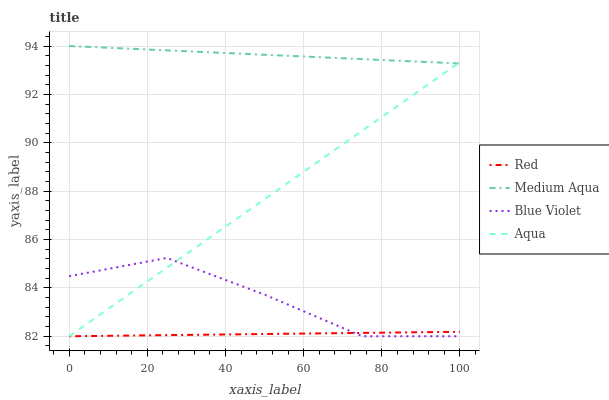
| xaxis_label | Red | Medium Aqua | Blue Violet | Aqua |
 | --- | --- | --- | --- | --- |
 | 0 | 82 | 94 | 84.5 | 82 |
 | 25 | 82 | 93.8 | 85.2 | 84.8 |
 | 50 | 82.1 | 93.6 | 83.7 | 87.7 |
 | 75 | 82.1 | 93.5 | 82 | 90.5 |
 | 100 | 82.2 | 93.3 | 82 | 93.3 |